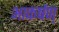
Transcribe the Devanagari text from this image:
आकर्षण्